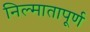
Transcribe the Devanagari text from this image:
निल्मातापूर्ण